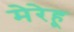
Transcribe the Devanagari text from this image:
मेरेहू